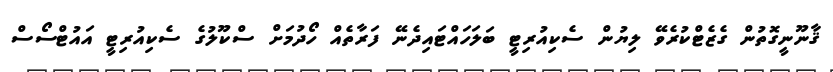
ޤާނޫނީގޮތުން ގެޒެޓްކުރެވޭ ލިޔުން ސެކިއުރިޓީ ބަލަހައްޓައިދެނޭ ފަރާތެއް ހޯދުމަށް ސްކޫލުގެ ސެކިއުރިޓީ އައުޓްސޯސް